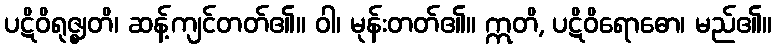
ပဋိဝိရုဇ္ဈတိ၊ ဆန့်ကျင်တတ်၏။ ဝါ၊ မုန်းတတ်၏။ ဣတိ, ပဋိဝိရောဓော၊ မည်၏။